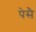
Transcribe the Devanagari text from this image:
पेसै